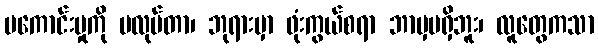
မကောင်းမှုကို မလုပ်တာ၊ ဘုရားမှာ ဖုံးကွယ်စရာ ဘာမှမရှိဘူး၊ လူတွေကသာ